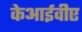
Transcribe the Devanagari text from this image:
केआईवीए